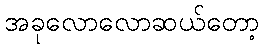
အခုလောလောဆယ်တော့